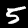
Label: 5